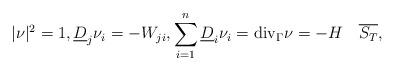
LaTeX: \begin{align*} |\nu|^2 = 1, \underline{D}_j\nu_i = -W_{ji}, \sum_{i=1}^n\underline{D}_i\nu_i = \mathrm{div}_\Gamma\nu = -H \quad\overline{S_T},\end{align*}